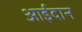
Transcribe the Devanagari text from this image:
आईदान